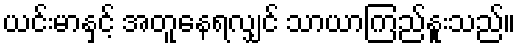
ယင်းမာနှင့် အတူနေရလျှင် သာယာကြည်နူးသည်။